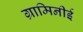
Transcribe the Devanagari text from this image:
ग्रामिनीई